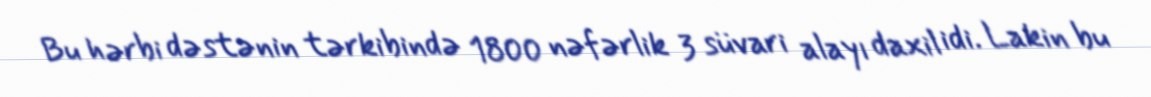
Bu hərbi dəstənin tərkibində 1800 nəfərlik 3 süvari alayı daxil idi. Lakin bu